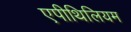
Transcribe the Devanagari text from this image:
एपीथिलियम